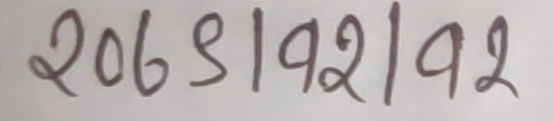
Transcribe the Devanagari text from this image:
206९|192|192